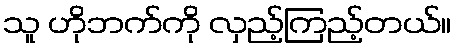
သူ ဟိုဘက်ကို လှည့်ကြည့်တယ်။